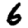
Digit: 6